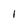
Character: 1